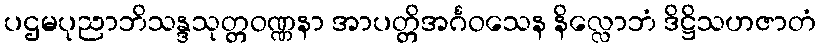
ပဌမပုညာဘိသန္ဒသုတ္တဝဏ္ဏနာ အာပတ္တိအင်္ဂဝသေန နိလ္လောဘံ ဒိဋ္ဌိသဟဇာတံ